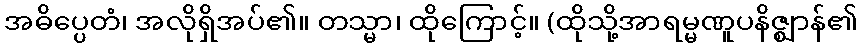
အဓိပ္ပေတံ၊ အလိုရှိအပ်၏။ တသ္မာ၊ ထိုကြောင့်။ (ထိုသို့အာရမ္မဏူပနိဇ္ဈာန်၏